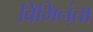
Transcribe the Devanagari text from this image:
विभिन्ंता